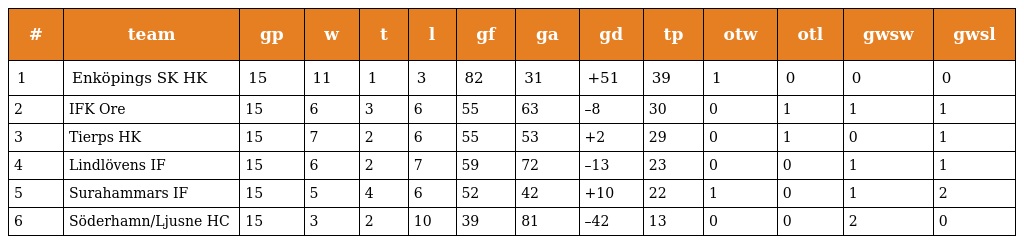
| # | team | gp | w | t | l | gf | ga | gd | tp | otw | otl | gwsw | gwsl |
 | --- | --- | --- | --- | --- | --- | --- | --- | --- | --- | --- | --- | --- | --- |
 | 1 | Enköpings SK HK | 15 | 11 | 1 | 3 | 82 | 31 | +51 | 39 | 1 | 0 | 0 | 0 |
 | 2 | IFK Ore | 15 | 6 | 3 | 6 | 55 | 63 | –8 | 30 | 0 | 1 | 1 | 1 |
 | 3 | Tierps HK | 15 | 7 | 2 | 6 | 55 | 53 | +2 | 29 | 0 | 1 | 0 | 1 |
 | 4 | Lindlövens IF | 15 | 6 | 2 | 7 | 59 | 72 | –13 | 23 | 0 | 0 | 1 | 1 |
 | 5 | Surahammars IF | 15 | 5 | 4 | 6 | 52 | 42 | +10 | 22 | 1 | 0 | 1 | 2 |
 | 6 | Söderhamn/Ljusne HC | 15 | 3 | 2 | 10 | 39 | 81 | –42 | 13 | 0 | 0 | 2 | 0 |